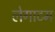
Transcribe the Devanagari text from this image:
लेगाटम